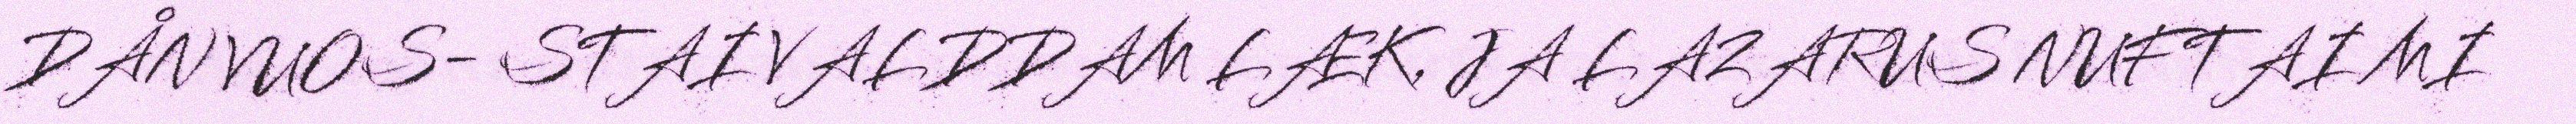
DÅN VUOS- STAI VALDDAM LÆK, JA LAZARUS NUFTAI MI